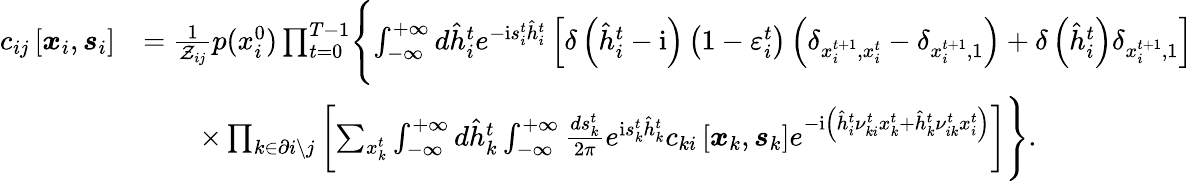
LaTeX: \begin{array}{rl}{c_{ij}\left[\boldsymbol{x}_{i},\boldsymbol{s}_{i}\right]}&{=\frac{1}{\mathcal{Z}_{ij}}p(x_{i}^{0})\prod_{t=0}^{T-1}\Biggl\{ \int_{-\infty}^{+\infty}d\hat{h}_{i}^{t}e^{-\mathrm{i}s_{i}^{t}\hat{h}_{i}^{t}}\left[\delta\left(\hat{h}_{i}^{t}-\mathrm{i}\right)\left(1-\varepsilon_{i}^{t}\right)\left(\delta_{x_{i}^{t+1},x_{i}^{t}}-\delta_{x_{i}^{t+1},1}\right)+\delta\left(\hat{h}_{i}^{t}\right)\delta_{x_{i}^{t+1},1}\right]}\\ &{\qquad\times\prod_{k\in\partial i\setminus j}\left[\sum_{x_{k}^{t}}\int_{-\infty}^{+\infty}d\hat{h}_{k}^{t}\int_{-\infty}^{+\infty}\frac{ds_{k}^{t}}{2\pi}e^{\mathrm{i}s_{k}^{t}\hat{h}_{k}^{t}}c_{ki}\left[\boldsymbol{x}_{k},\boldsymbol{s}_{k}\right]e^{-\mathrm{i}\left(\hat{h}_{i}^{t}\nu_{ki}^{t}x_{k}^{t}+\hat{h}_{k}^{t}\nu_{ik}^{t}x_{i}^{t}\right)}\right]\Biggr\} .}\end{array}